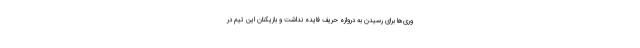
وری‌ها برای رسیدن به دروازه حریف فایده نداشت و بازیکنان این تیم در